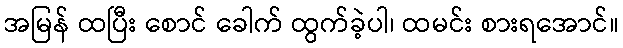
အမြန် ထပြီး စောင် ခေါက် ထွက်ခဲ့ပါ၊ ထမင်း စားရအောင်။